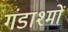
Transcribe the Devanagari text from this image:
गंडाश्मों